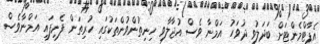
އެޕާޓްމެންޓަށް ބަދަލުވީ ދުވަހު އަމްނާ ވެސް އުޖާލާވި ހިނިތުންވުންތަކުގައި ހުރިތަން ފެނިފައި އަމްނާވެސް